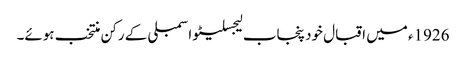
1926ء میں اقبال خود پنجاب لیجسلیٹو اسمبلی کے رکن منتخب ہوئے۔